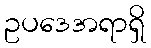
ဥပဒေအရာရှိ